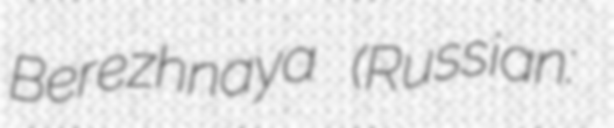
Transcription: Berezhnaya (Russian: Елена